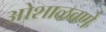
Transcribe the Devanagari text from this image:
ओशाळवणे